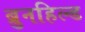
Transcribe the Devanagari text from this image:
ब्रुनहिल्ड